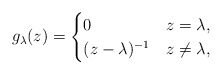
\begin{align*}g_\lambda(z) = \begin{cases}0 & z=\lambda,\\(z-\lambda)^{-1} & z\neq\lambda,\end{cases}\end{align*}